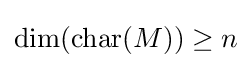
\dim(\operatorname {char} (M))\geq n